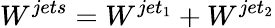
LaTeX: W^{jets}=W^{jet_{1}}+W^{jet_{2}}